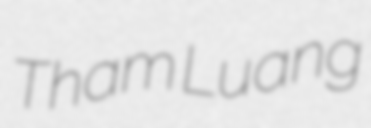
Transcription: Tham Luang